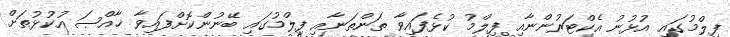
ފިލްމުގައި އުޅުނު އެކްޓަރުންނާއި ފިލްމު ކުޅެފައިވާ ތަންތަނާއި ފިލްމުގައި ބޭނުންކޮށްފައިވާ ޚާއްޞަ އުކުޅުތަށް